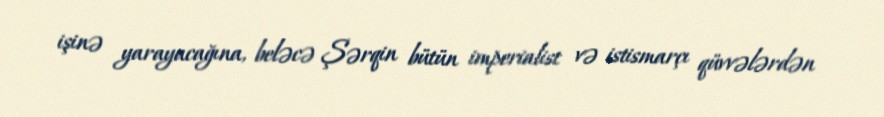
işinə yarayacağına, beləcə Şərqin bütün imperialist və istismarçı qüvvələrdən